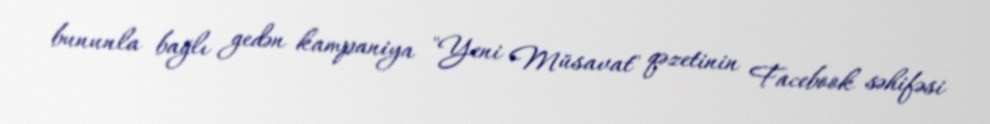
bununla bağlı gedən kampaniya "Yeni Müsavat" qəzetinin Facebook səhifəsi